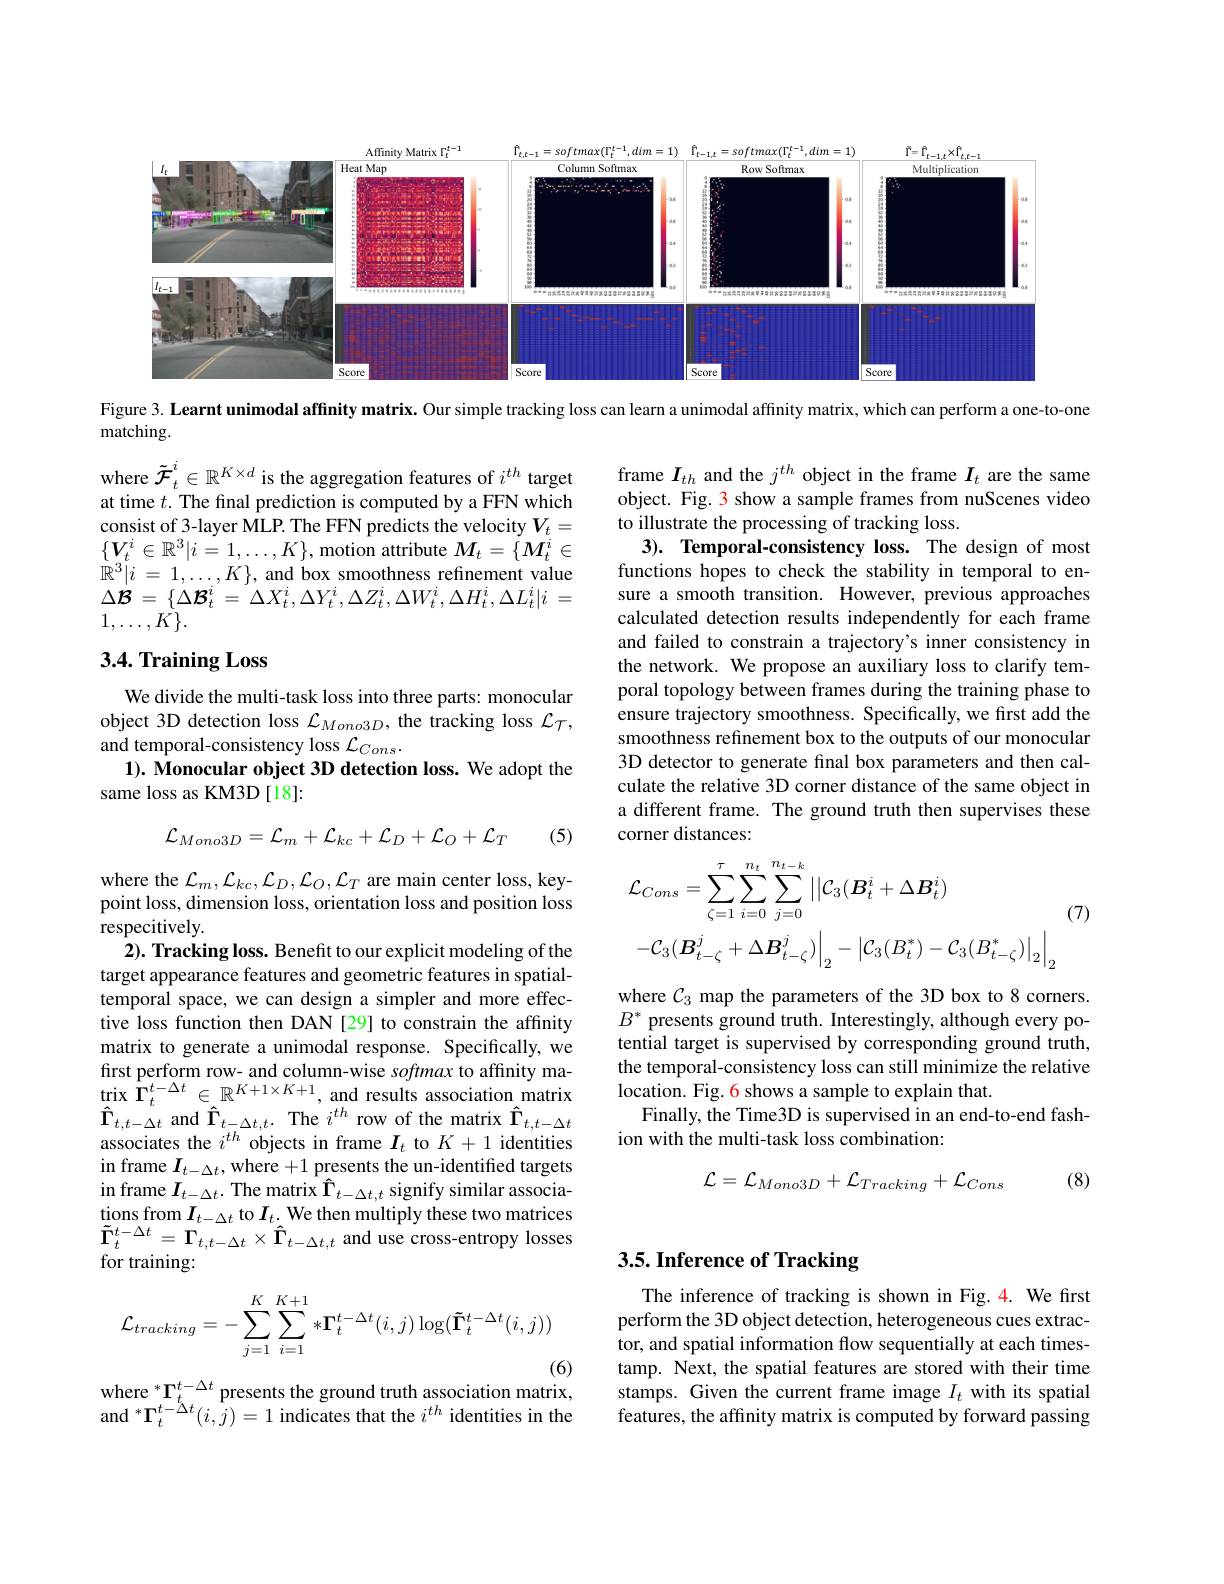
<FigureHere>

Figure 3. Learnt unimodal affinity matrix. Our simple tracking loss can learn a unimodal affinity matrix, which can perform a one-to-one

matching.

where $\tilde{\mathcal{F}}_t^i\in\mathbb{R}^{K\times d}$ is the aggregation features of $i^th$ target at time $t.$ The final prediction is computed by a FFN which consist of 3-layer MLP. The FFN predicts the velocity $V_t=$ $\{\boldsymbol{V}_{t}^{i}\in\mathbb{R}^{3}|i=1,\ldots,K\}$,motion attribute $M_t=\{\boldsymbol{M}_{t}^{i}\in$ $\dot{\mathbb{R} } ^{3}| i$ = $1, \ldots , K\} $, and box smoothness refinement value $\Delta {\mathcal{B} }= \{ \Delta {\mathcal{B} }_{t}^{i}= \Delta X_{t}^{i}, \Delta Y_{t}^{i}, \Delta Z_{t}^{i}, \Delta W_{t}^{i}, \Delta H_{t}^{i}, \Delta L_{t}^{i}| i$ = $1,\ldots,K\}.$

frame $I_th$ and the $j^th$ object in the frame $I_t$ are the same object. Fig. 3 show a sample frames from nuScenes video to illustrate the processing of tracking loss.
3). Temporal-consistency loss. The design of most functions hopes to check the stability in temporal to ensure a smooth transition. However, previous approaches calculated detection results independently for each frame and failed to constrain a trajectory's inner consistency in the network. We propose an auxiliary loss to clarify temporal topology between frames during the training phase to ensure trajectory smoothness. Specifically, we first add the smoothness refinement box to the outputs of our monocular 3D detector to generate final box parameters and then calculate the relative 3D corner distance of the same object in a different frame. The ground truth then supervises these corner distances:

### 3.4. Training Loss

We divide the multi-task loss into three parts: monocular object 3D detection loss $\mathcal{L}_Mono3D$, the tracking loss $\mathcal{L}_{\mathcal{T}}$, and temporal-consistency loss $\mathcal{L}_Cons.$
$1) . \textbf{ Monocular object 3D detection loss. We adopt the}$
same loss as KM3D[18]:
$$\mathcal{L}_{Mono3D}=\mathcal{L}_{m}+\mathcal{L}_{kc}+\mathcal{L}_{D}+\mathcal{L}_{O}+\mathcal{L}_{T}$$
(5)
$$\begin{aligned}&\mathcal{L}_{Cons}=\sum_{\zeta=1}^{\tau}\sum_{i=0}^{n_{t}}\sum_{j=0}^{n_{t-k}}||\mathcal{C}_{3}(B_{t}^{i}+\Delta B_{t}^{i})\\&&\text{(7)}\\&-\mathcal{C}_{3}(\boldsymbol{B}_{t-\zeta}^{j}+\Delta\boldsymbol{B}_{t-\zeta}^{j})\Big|_{2}-\Big|\mathcal{C}_{3}(B_{t}^{*})-\mathcal{C}_{3}(B_{t-\zeta}^{*})\Big|_{2}\Big|_{2}\end{aligned}$$
where $\mathcal{C}_3$ map the parameters of the 3D box to 8 corners. $B^*$ presents ground truth. Interestingly, although every potential target is supervised by corresponding ground truth, the temporal-consistency loss can still minimize the relative location. Fig. 6 shows a sample to explain that.
Finally, the Time3D is supervised in an end-to-end fash-
ion with the multi-task loss combination:

where the $\mathcal{L}_m,\mathcal{L}_{kc},\mathcal{L}_D,\mathcal{L}_O,\mathcal{L}_T$ are main center loss, keypoint loss, dimension loss, orientation loss and position loss respecitively.
$2) . \textbf{ Tracking loss. Benefit to our explicit modeling of the}$ target appearance features and geometric features in spatialtemporal space, we can design a simpler and more effective loss function then DAN [29] to constrain the affinity matrix to generate a unimodal response. Specifically, we first perform row- and column-wise softmax to affinity ma- $\operatorname*{trix}_{\mathbf{\hat{\Gamma}}_{t}}^{t-\Delta t}\in\mathbb{R}^{K+1\times K+1}$, and results association matrix $\hat{\Gamma}_{t,t-\Delta t}$ and $\hat{\Gamma}_{t-\Delta t,t}.$ The $i^th$ row of the matrix $\hat{\Gamma}_{t,t-\Delta t}$ associates the $i^{th}$ objects in frame $I_t$ to $K+1$ identities in frame $I_t-\Delta t$, where +1 presents the un-identified targets in frame $I_t-\Delta t.$ The matrix $\hat{\Gamma}_t-\Delta t,t$ signify similar associations from $I_{t-\Delta t}$ to $I_t.$ We then multiply these two matrices $\tilde{\Gamma}_{t}^{t-\Delta t}=\Gamma_{t,t-\Delta t}\times\hat{\Gamma}_{t-\Delta t,t}$ and use cross-entropy losses for training:
$$\mathcal{L}=\mathcal{L}_{Mono3D}+\mathcal{L}_{Tracking}+\mathcal{L}_{Cons}$$
(8)

## 3.5. Inference of Tracking
$$\mathcal{L}_{tracking}=-\sum_{j=1}^{K}\sum_{i=1}^{K+1}*\Gamma_{t}^{t-\Delta t}(i,j)\log(\tilde{\Gamma}_{t}^{t-\Delta t}(i,j))$$
The inference of tracking is shown in Fig.4. We first perform the 3D object detection, heterogeneous cues extractor, and spatial information flow sequentially at each timestamp. Next, the spatial features are stored with their time stamps. Given the current frame image $I_t$ with its spatial features, the affinity matrix is computed by forward passing

(6)
where $^*\Gamma_t^{t-\Delta t}$ presents the ground truth association matrix,

and $^*\Gamma_{t}^{t-\breve{\Delta}t}(i,\tilde{j})=1$ indicates that the $i^th$ identities in the